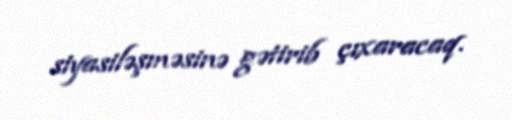
siyasiləşməsinə gətirib çıxaracaq.